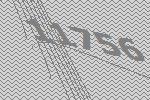
11756